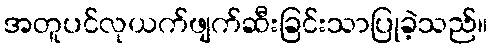
အတူပင်လုယက်ဖျက်ဆီးခြင်းသာပြုခဲ့သည်။